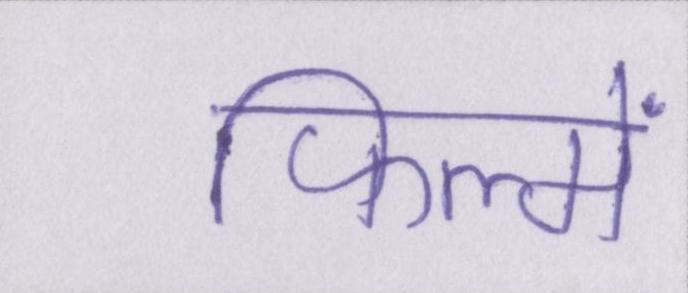
फिल्में